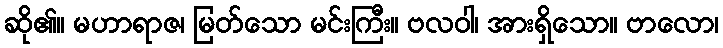
ဆို၏။ မဟာရာဇ၊ မြတ်သော မင်းကြီး။ ဗလဝါ၊ အားရှိသော။ ဗာလော၊